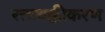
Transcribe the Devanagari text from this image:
रक्तथक्कीकरण